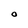
Character: O